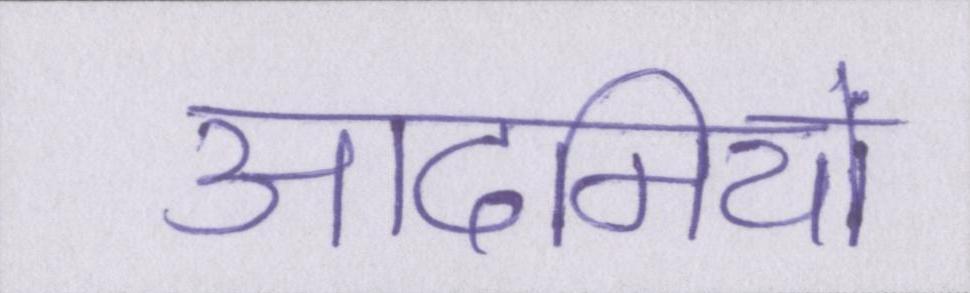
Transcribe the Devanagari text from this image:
आदमियों